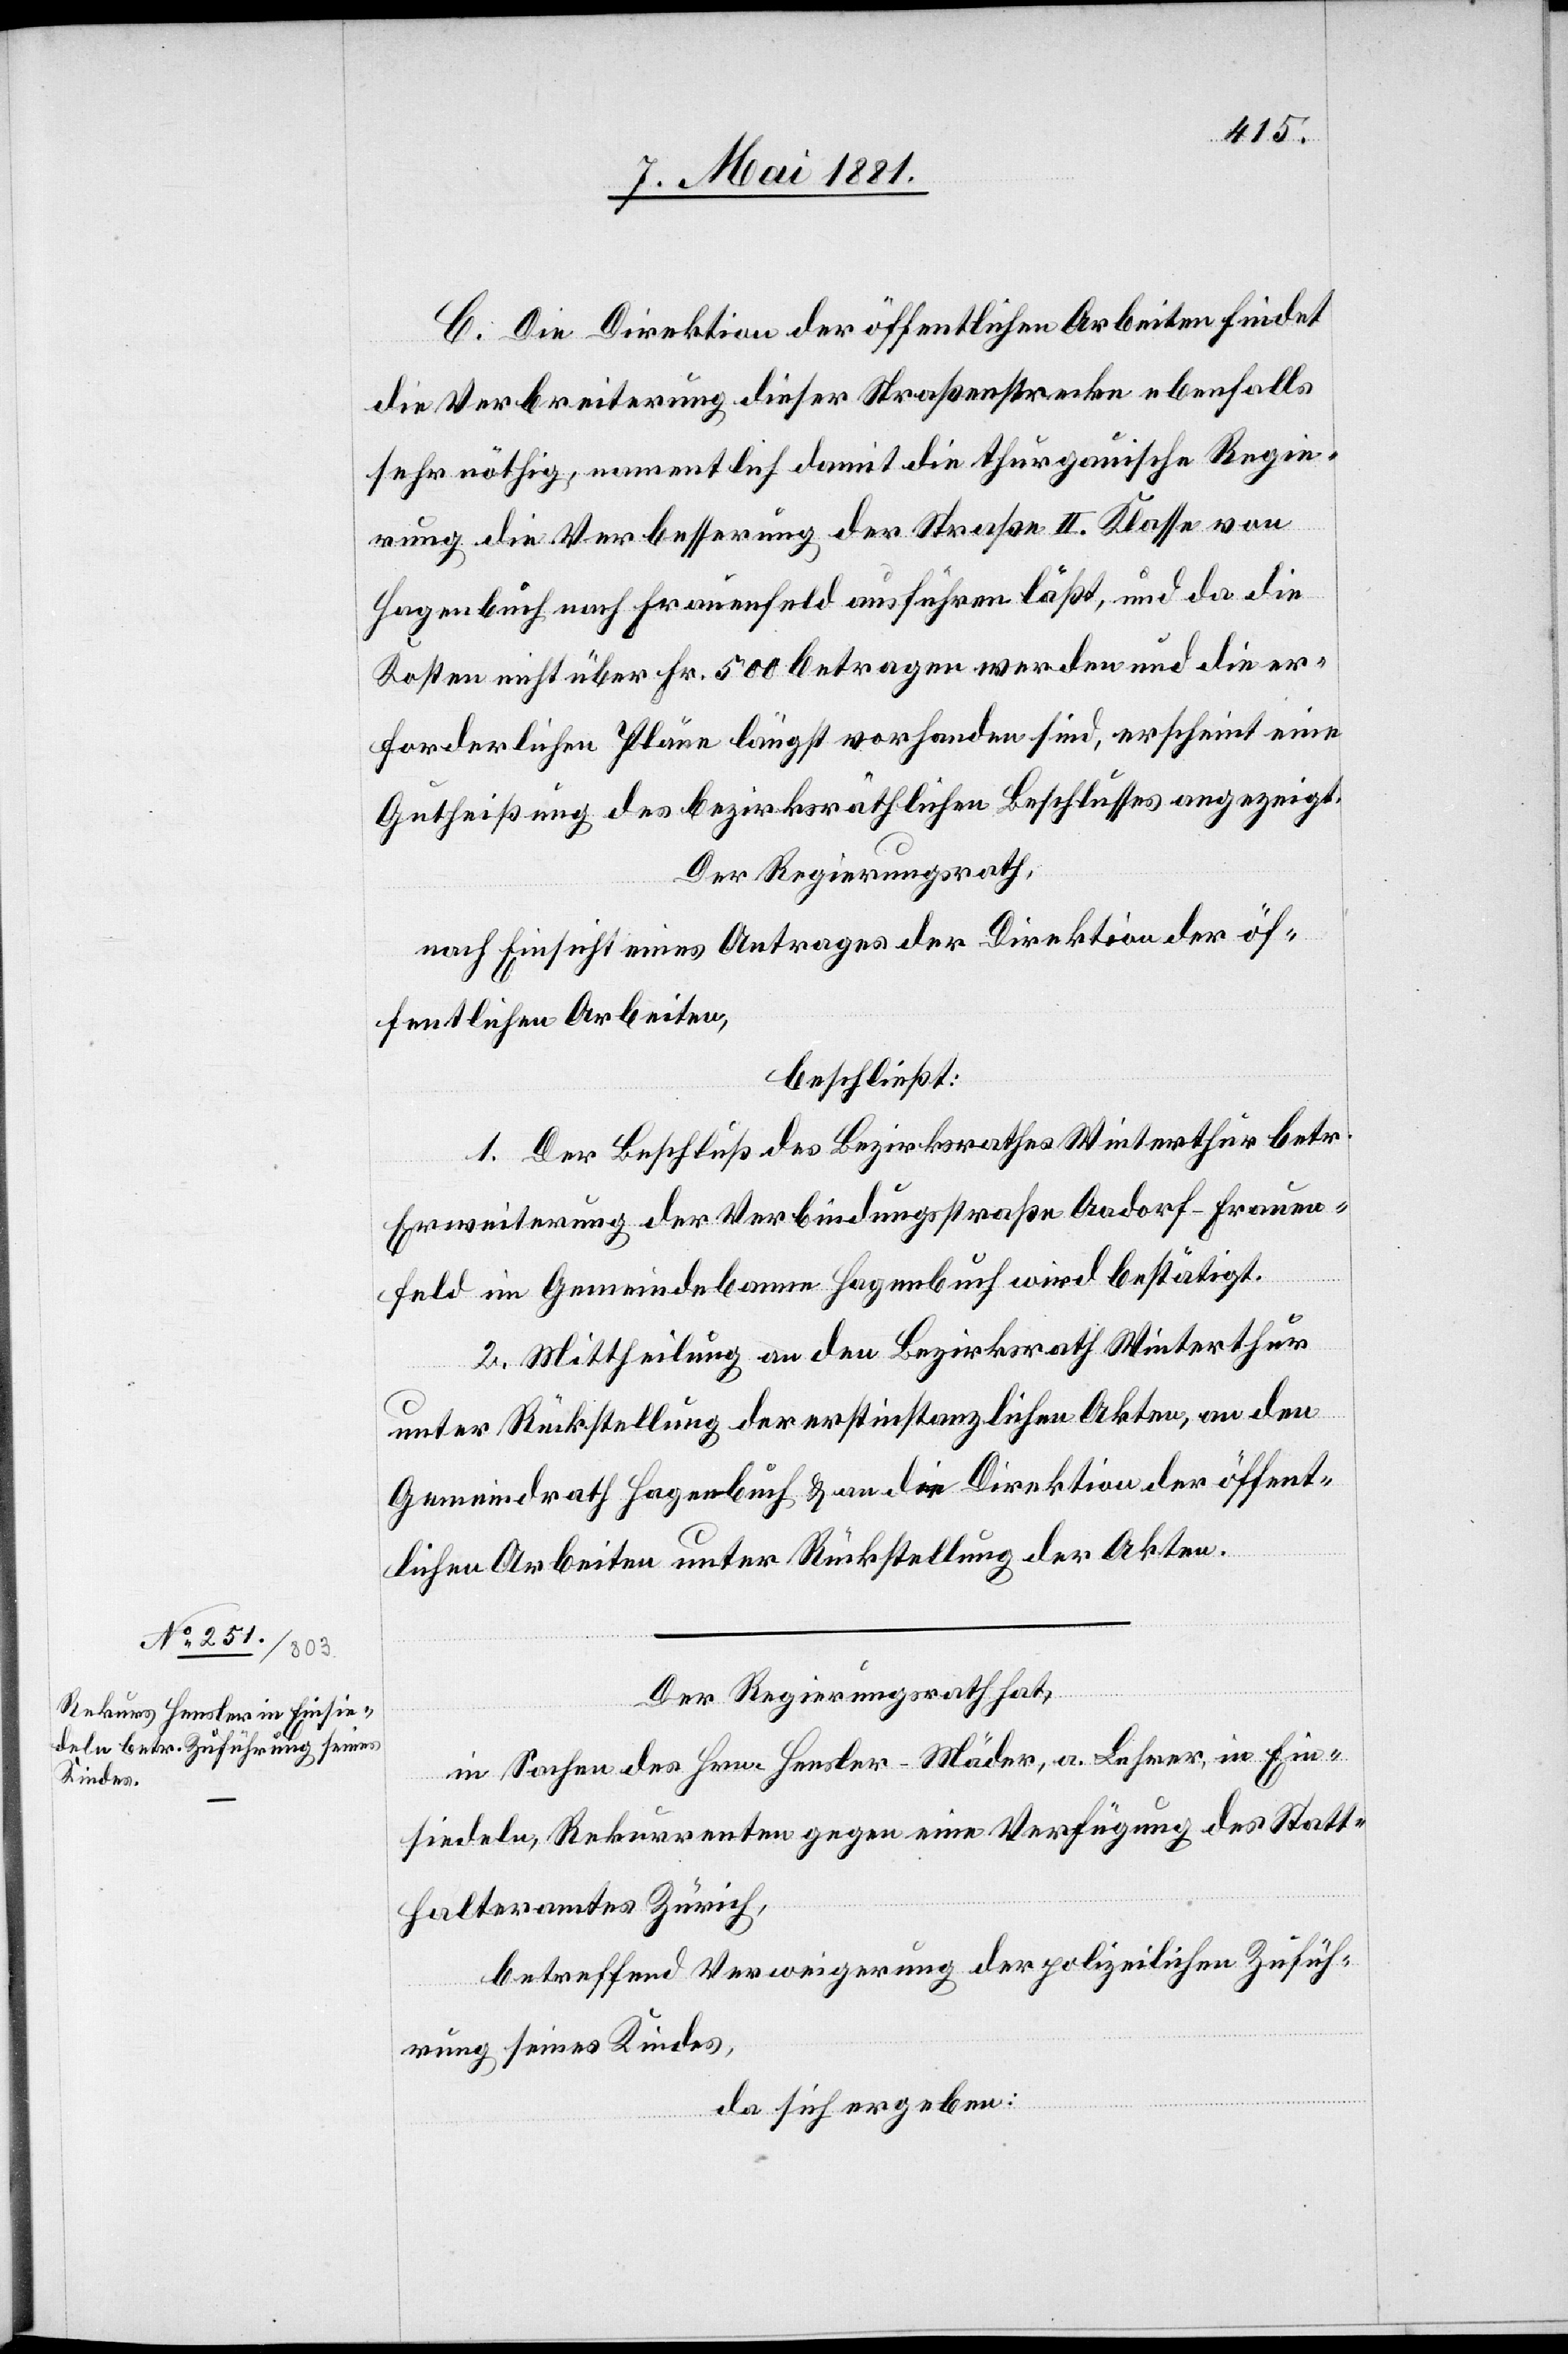
Die Direktion der öffentlichen Arbeiten findet
die Verbreiterung dieser Straßenstrecke ebenfalls
sehr nöthig, namentlich damit die thurgauische Regie¬
rung die Verbesserung der Straße II. Klasse von
Hagenbuch nach Frauenfeld ausführen läßt, und da die
Kosten nicht über Fr. 500 betragen werden und die er¬
forderlichen Pläne längst vorhanden sind, erscheint eine
Gutheißung des bezirksräthlichen Beschlusses angezeigt.
Der Regierungsrath,
nach Einsicht eines Antrages der Direktion der öf¬
fentlichen Arbeiten,
beschließt:
1. Der Beschluß des Bezirksrathes Winterthur betr.
Erweiterung der Verbindungsstraße Aadorf–Frauen¬
feld im Gemeindebanne Hagenbuch wird bestätigt.
2. Mittheilung an den Bezirksrath Winterthur
unter Rückstellung der erstinstanzlichen Akten, an den
Gemeindrath Hagenbuch & an die Direktion der öffent¬
lichen Arbeiten unter Rückstellung der Akten.
in Sachen des Herr Hensler-Mäder, a. Lehrer, in Ein¬
siedeln, Rekurrenten gegen eine Verfügung des Statt¬
halteramtes Zürich,
betreffend Verweigerung der polizeilichen Zufüh¬
rung seines Kindes,
da sich ergeben: